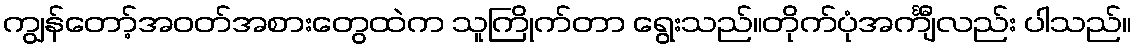
ကျွန်တော့်အဝတ်အစားတွေထဲက သူကြိုက်တာ ရွေးသည်။တိုက်ပုံအင်္ကျီလည်း ပါသည်။